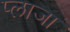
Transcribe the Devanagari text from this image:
प्‍लाजा